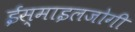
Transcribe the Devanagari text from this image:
ईस्माइलजोगी